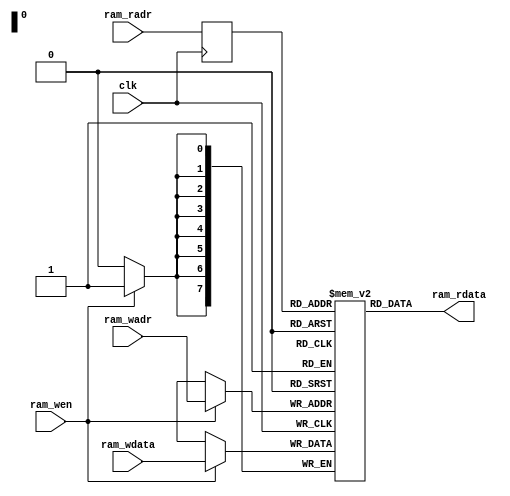
/*
 * Stack Machine CPU Sample
 *   Instruction RAM Module for Tang Nano
 *    Verilog code
 * @auther		Yoshiki Kurokawa <yoshiki.k963@gmail.com>
 * @copylight	2020 Yoshiki Kurokawa
 * @license		https://opensource.org/licenses/MIT     MIT license
 * @version		0.1
 */

module iram(
	input clk,
	input [7:0] ram_radr,
	output [7:0] ram_rdata,
	input [7:0] ram_wadr,
	input [7:0] ram_wdata,
	input ram_wen
	);

// 8x256 1r1w RAM

reg[7:0] ram[0:255];
reg[7:0] radr;

always @ (posedge clk) begin
	if (ram_wen)
		ram[ram_wadr] <= ram_wdata;
	radr <= ram_radr;
end

assign ram_rdata = ram[radr];

endmodule